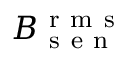
B _ { \mathrm { ~ s ~ e ~ n ~ } } ^ { \mathrm { ~ r ~ m ~ s ~ } }